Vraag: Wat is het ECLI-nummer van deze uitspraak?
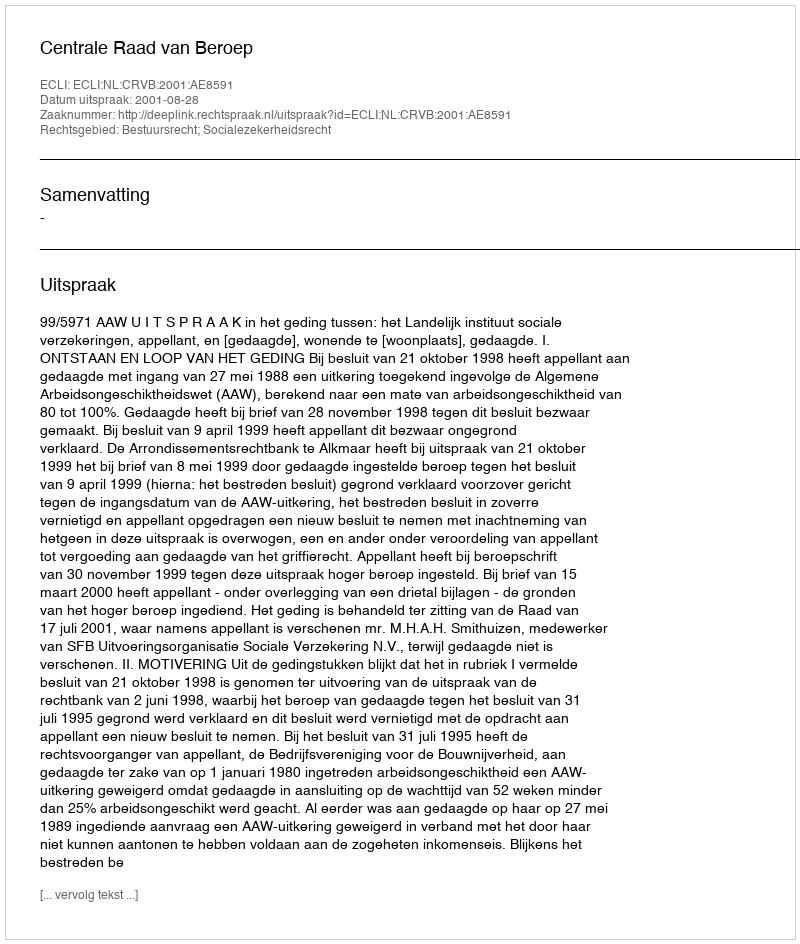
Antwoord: ECLI:NL:CRVB:2001:AE8591